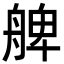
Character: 𦩖